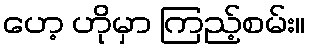
ဟေ့ ဟိုမှာ ကြည့်စမ်း။